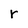
Character: r